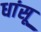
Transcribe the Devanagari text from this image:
धांसू